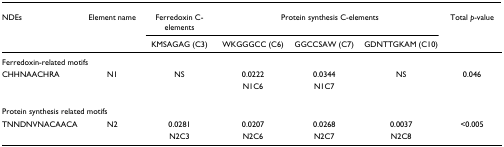
<table><thead><tr><td><b>NDEs</b></td><td><b>Element name</b></td><td><b>Ferredoxin C-elements</b></td><td colspan="3"><b>Protein synthesis C-elements</b></td><td><b>Total <i>p</i>-value</b></td></tr><tr><td></td><td></td><td><b>KMSAGAG (C3)</b></td><td><b>WKGGGCC (C6)</b></td><td><b>GGCCSAW (C7)</b></td><td><b>GDNTTGKAM (C10)</b></td><td></td></tr></thead><tbody><tr><td colspan="7">Ferredoxin-related motifs</td></tr><tr><td>CHHNAACHRA</td><td>N1</td><td>NS</td><td>0.0222</td><td>0.0344</td><td>NS</td><td>0.046</td></tr><tr><td></td><td></td><td></td><td>N1C6</td><td>N1C7</td><td></td><td></td></tr><tr><td colspan="7">Protein synthesis related motifs</td></tr><tr><td>TNNDNVNACAACA</td><td>N2</td><td>0.0281</td><td>0.0207</td><td>0.0268</td><td>0.0037</td><td>&lt;0.005</td></tr><tr><td></td><td></td><td>N2C3</td><td>N2C6</td><td>N2C7</td><td>N2C8</td><td></td></tr></tbody></table>